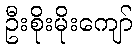
ဦးစိုးမိုးကျော်